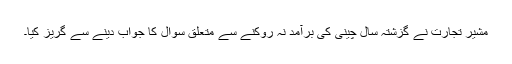
مشیر تجارت نے گزشتہ سال چینی کی برآمد نہ روکنے سے متعلق سوال کا جواب دینے سے گریز کیا۔